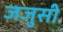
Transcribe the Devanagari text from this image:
जजुसी